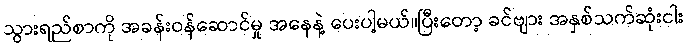
သွားရည်စာကို အခန်းဝန်ဆောင်မှု အနေနဲ့ ပေးပါ့မယ်။ပြီးတော့ ခင်ဗျား အနှစ်သက်ဆုံးငါး